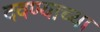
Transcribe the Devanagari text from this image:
दवण्याच्या